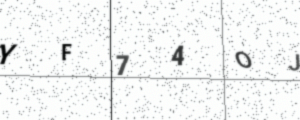
Text: YF74OJ